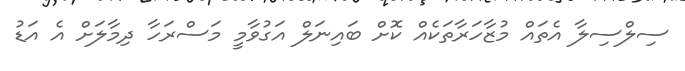
ސިލްސިލާ އެތައް މުޒާހަރާތަކެއް ކޮށް ބައިނަލް އަގުވާމީ މަސްރަހާ ދިމާލަށް އެ އަޑު